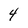
Character: 4